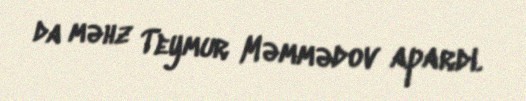
da məhz Teymur Məmmədov apardı.